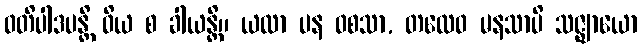
ဝတိပါဒပန္တိ ဝိယ စ ခါယန္တိ။ ယထာ ပန ဝစသာ, တထေဝ မနသာပိ သဇ္ဈာယော